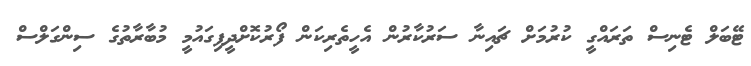
ޓޭބަލް ޓެނިސް ތަރައްގީ ކުރުމަށް ޗައިނާ ސަރުކާރުން އެހީތެރިކަން ފޯރުކޮށްދީފިގައުމީ މުބާރާތުގެ ސިންގަލްސް